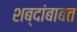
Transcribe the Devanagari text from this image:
शब्दांबाबत